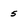
Character: 5